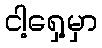
ငါ့ရှေ့မှာ